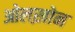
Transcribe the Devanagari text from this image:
ओलख़ोन